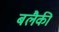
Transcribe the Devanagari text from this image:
बलैकी